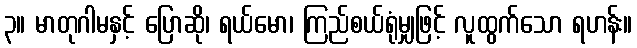
၃။ မာတုဂါမနှင့် ပြောဆို၊ ရယ်မော၊ ကြည်စယ်ရုံမျှဖြင့် လူထွက်သော ရဟန်း။